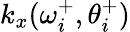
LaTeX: k_{x}(\omega_{i}^{+},\theta_{i}^{+})